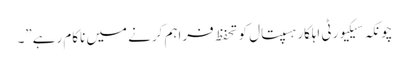
چونکہ سیکیورٹی اہلکار ہسپتال کو تحفظ فراہم کرنے میں ناکام رہے”۔